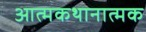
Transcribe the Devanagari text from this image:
आत्मकथानात्मक